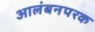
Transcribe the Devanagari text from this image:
आलंबनपरक